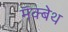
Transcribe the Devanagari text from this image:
मॅक्बेथ